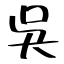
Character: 吳